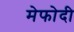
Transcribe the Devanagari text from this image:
मेफोदी